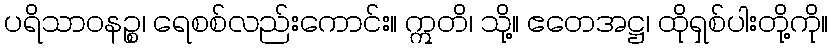
ပရိသာဝနဉ္စ၊ ရေစစ်လည်းကောင်း။ ဣတိ၊ သို့။ ဧတေအဋ္ဌ၊ ထိုရှစ်ပါးတို့ကို။